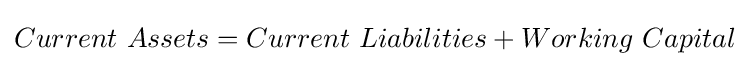
Current\ Assets=Current\ Liabilities+Working\ Capital